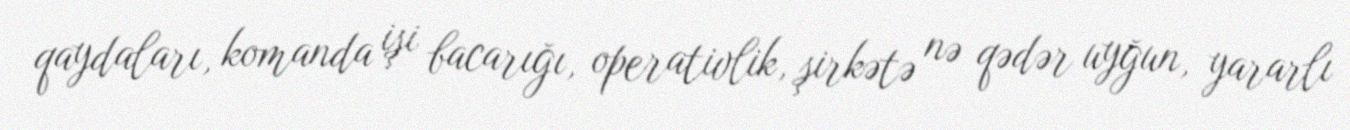
qaydaları, komanda işi bacarığı, operativlik, şirkətə nə qədər uyğun, yararlı